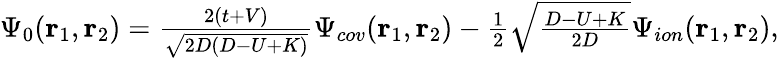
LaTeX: \begin{array}{r}{\Psi_{0}(\textbf{r}_{1},\textbf{r}_{2})=\frac{2(t+V)}{\sqrt{2D(D-U+K)}}\Psi_{cov}(\textbf{r}_{1},\textbf{r}_{2})-\frac{1}{2}\sqrt{\frac{D-U+K}{2D}}\Psi_{ion}(\textbf{r}_{1},\textbf{r}_{2}),}\end{array}